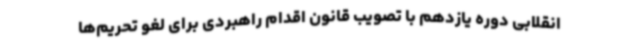
انقلابی دوره یازدهم با تصویب قانون اقدام راهبردی برای لغو تحریم‌ها